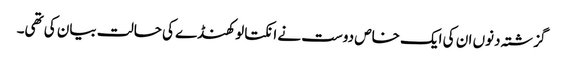
گزشتہ دنوں ان کی ایک خاص دوست نے انکتا لوکھنڈے کی حالت بیان کی تھی۔